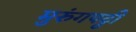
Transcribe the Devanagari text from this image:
मुरुंगपट्टी